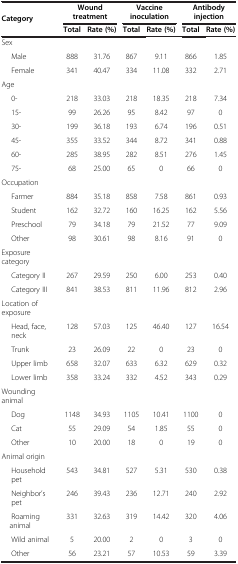
<table><thead><tr><td><b>Category</b></td><td colspan="2"><b>Wound treatment</b></td><td colspan="2"><b>Vaccine inoculation</b></td><td colspan="2"><b>Antibody injection</b></td></tr><tr><td><b> </b></td><td><b>Total</b></td><td><b>Rate (%)</b></td><td><b>Total</b></td><td><b>Rate (%)</b></td><td><b>Total</b></td><td><b>Rate (%)</b></td></tr></thead><tbody><tr><td>Sex</td><td> </td><td> </td><td> </td><td> </td><td> </td><td> </td></tr><tr><td>Male</td><td>888</td><td>31.76</td><td>867</td><td>9.11</td><td>866</td><td>1.85</td></tr><tr><td>Female</td><td>341</td><td>40.47</td><td>334</td><td>11.08</td><td>332</td><td>2.71</td></tr><tr><td>Age</td><td> </td><td> </td><td> </td><td> </td><td> </td><td> </td></tr><tr><td>0-</td><td>218</td><td>33.03</td><td>218</td><td>18.35</td><td>218</td><td>7.34</td></tr><tr><td>15-</td><td>99</td><td>26.26</td><td>95</td><td>8.42</td><td>97</td><td>0</td></tr><tr><td>30-</td><td>199</td><td>36.18</td><td>193</td><td>6.74</td><td>196</td><td>0.51</td></tr><tr><td>45-</td><td>355</td><td>33.52</td><td>344</td><td>8.72</td><td>341</td><td>0.88</td></tr><tr><td>60-</td><td>285</td><td>38.95</td><td>282</td><td>8.51</td><td>276</td><td>1.45</td></tr><tr><td>75-</td><td>68</td><td>25.00</td><td>65</td><td>0</td><td>66</td><td>0</td></tr><tr><td>Occupation</td><td> </td><td> </td><td> </td><td> </td><td> </td><td> </td></tr><tr><td>Farmer</td><td>884</td><td>35.18</td><td>858</td><td>7.58</td><td>861</td><td>0.93</td></tr><tr><td>Student</td><td>162</td><td>32.72</td><td>160</td><td>16.25</td><td>162</td><td>5.56</td></tr><tr><td>Preschool</td><td>79</td><td>34.18</td><td>79</td><td>21.52</td><td>77</td><td>9.09</td></tr><tr><td>Other</td><td>98</td><td>30.61</td><td>98</td><td>8.16</td><td>91</td><td>0</td></tr><tr><td>Exposure category</td><td> </td><td> </td><td> </td><td> </td><td> </td><td> </td></tr><tr><td>Category II</td><td>267</td><td>29.59</td><td>250</td><td>6.00</td><td>253</td><td>0.40</td></tr><tr><td>Category III</td><td>841</td><td>38.53</td><td>811</td><td>11.96</td><td>812</td><td>2.96</td></tr><tr><td>Location of exposure</td><td> </td><td> </td><td> </td><td> </td><td> </td><td> </td></tr><tr><td>Head, face, neck</td><td>128</td><td>57.03</td><td>125</td><td>46.40</td><td>127</td><td>16.54</td></tr><tr><td>Trunk</td><td>23</td><td>26.09</td><td>22</td><td>0</td><td>23</td><td>0</td></tr><tr><td>Upper limb</td><td>658</td><td>32.07</td><td>633</td><td>6.32</td><td>629</td><td>0.32</td></tr><tr><td>Lower limb</td><td>358</td><td>33.24</td><td>332</td><td>4.52</td><td>343</td><td>0.29</td></tr><tr><td>Wounding animal</td><td> </td><td> </td><td> </td><td> </td><td> </td><td> </td></tr><tr><td>Dog</td><td>1148</td><td>34.93</td><td>1105</td><td>10.41</td><td>1100</td><td>0</td></tr><tr><td>Cat</td><td>55</td><td>29.09</td><td>54</td><td>1.85</td><td>55</td><td>0</td></tr><tr><td>Other</td><td>10</td><td>20.00</td><td>18</td><td>0</td><td>19</td><td>0</td></tr><tr><td>Animal origin</td><td> </td><td> </td><td> </td><td> </td><td> </td><td> </td></tr><tr><td>Household pet</td><td>543</td><td>34.81</td><td>527</td><td>5.31</td><td>530</td><td>0.38</td></tr><tr><td>Neighbor’s pet</td><td>246</td><td>39.43</td><td>236</td><td>12.71</td><td>240</td><td>2.92</td></tr><tr><td>Roaming animal</td><td>331</td><td>32.63</td><td>319</td><td>14.42</td><td>320</td><td>4.06</td></tr><tr><td>Wild animal</td><td>5</td><td>20.00</td><td>2</td><td>0</td><td>3</td><td>0</td></tr><tr><td>Other</td><td>56</td><td>23.21</td><td>57</td><td>10.53</td><td>59</td><td>3.39</td></tr></tbody></table>